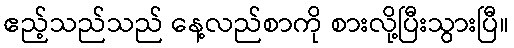
ဧည့်သည်သည် နေ့လည်စာကို စားလို့ပြီးသွားပြီ။